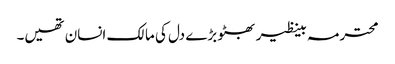
محترمہ بینظیر بھٹو بڑے دل کی مالک انسان تھیں۔